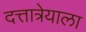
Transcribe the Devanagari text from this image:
दत्तात्रेयाला